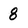
Character: 8